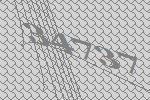
34737